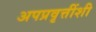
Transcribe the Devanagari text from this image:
अपप्रवृत्तींशी